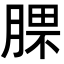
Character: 𣎈